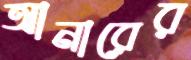
আনারের